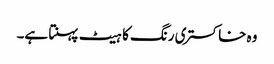
وہ خاکستری رنگ کا ہیٹ پہنتا ہے۔